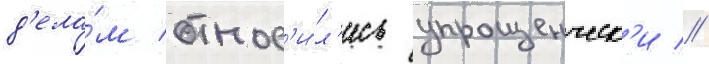
д'ела́м относ'и́л'ись упрощенческ'и //